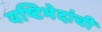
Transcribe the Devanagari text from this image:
यष्टिभेदांची